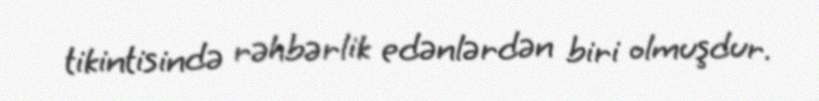
tikintisində rəhbərlik edənlərdən biri olmuşdur.